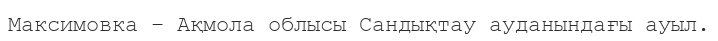
Максимовка – Ақмола облысы Сандықтау ауданындағы ауыл.